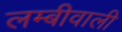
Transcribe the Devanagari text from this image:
लम्बीवाली